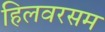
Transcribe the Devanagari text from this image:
हिलवरसम